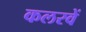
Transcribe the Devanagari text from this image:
कलरवें